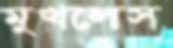
মুখলেস